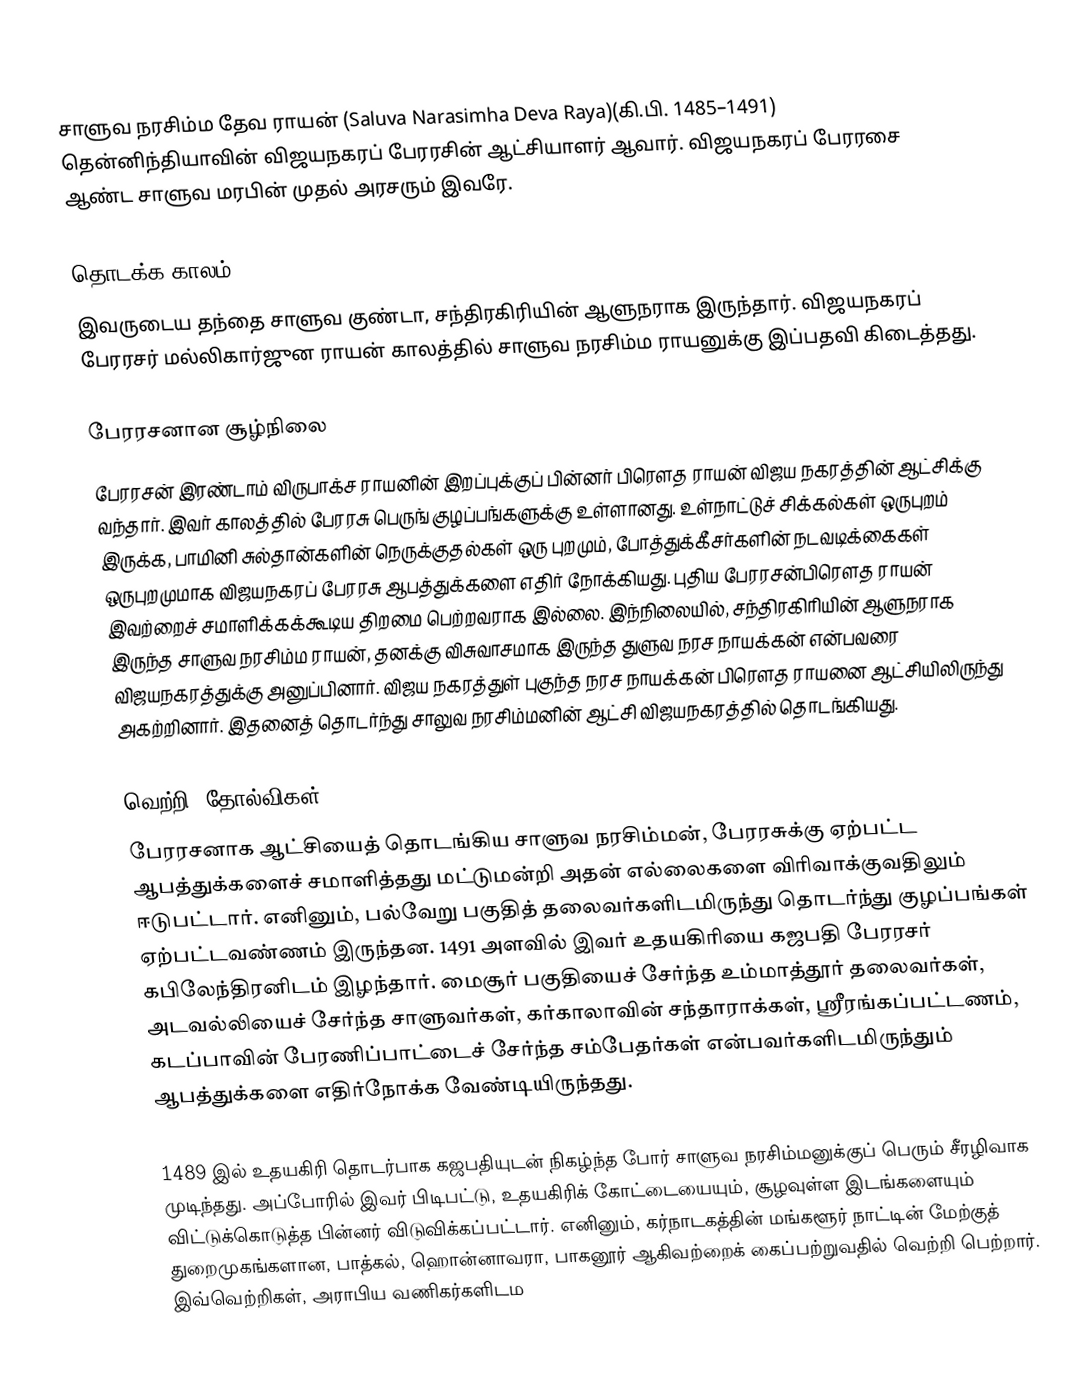
சாளுவ நரசிம்ம தேவ ராயன் (Saluva Narasimha Deva Raya)(கி.பி. 1485–1491) தென்னிந்தியாவின் விஜயநகரப் பேரரசின் ஆட்சியாளர் ஆவார். விஜயநகரப் பேரரசை ஆண்ட சாளுவ மரபின் முதல் அரசரும் இவரே.

தொடக்க காலம்
இவருடைய தந்தை சாளுவ குண்டா, சந்திரகிரியின் ஆளுநராக இருந்தார். விஜயநகரப் பேரரசர் மல்லிகார்ஜுன ராயன் காலத்தில் சாளுவ நரசிம்ம ராயனுக்கு இப்பதவி கிடைத்தது.

பேரரசனான சூழ்நிலை
பேரரசன் இரண்டாம் விருபாக்ச ராயனின் இறப்புக்குப் பின்னர் பிரௌத ராயன் விஜய நகரத்தின் ஆட்சிக்கு வந்தார். இவர் காலத்தில் பேரரசு பெருங் குழப்பங்களுக்கு உள்ளானது. உள்நாட்டுச் சிக்கல்கள் ஒருபுறம் இருக்க, பாமினி சுல்தான்களின் நெருக்குதல்கள் ஒரு புறமும், போத்துக்கீசர்களின் நடவடிக்கைகள் ஒருபுறமுமாக விஜயநகரப் பேரரசு ஆபத்துக்களை எதிர் நோக்கியது. புதிய பேரரசன்பிரௌத ராயன் இவற்றைச் சமாளிக்கக்கூடிய திறமை பெற்றவராக இல்லை. இந்நிலையில், சந்திரகிரியின் ஆளுநராக இருந்த சாளுவ நரசிம்ம ராயன், தனக்கு விசுவாசமாக இருந்த துளுவ நரச நாயக்கன் என்பவரை விஜயநகரத்துக்கு அனுப்பினார். விஜய நகரத்துள் புகுந்த நரச நாயக்கன் பிரௌத ராயனை ஆட்சியிலிருந்து அகற்றினார். இதனைத் தொடர்ந்து சாலுவ நரசிம்மனின் ஆட்சி விஜயநகரத்தில் தொடங்கியது.

வெற்றி, தோல்விகள்
பேரரசனாக ஆட்சியைத் தொடங்கிய சாளுவ நரசிம்மன், பேரரசுக்கு ஏற்பட்ட ஆபத்துக்களைச் சமாளித்தது மட்டுமன்றி அதன் எல்லைகளை விரிவாக்குவதிலும் ஈடுபட்டார். எனினும், பல்வேறு பகுதித் தலைவர்களிடமிருந்து தொடர்ந்து குழப்பங்கள் ஏற்பட்டவண்ணம் இருந்தன. 1491 அளவில் இவர் உதயகிரியை கஜபதி பேரரசர் கபிலேந்திரனிடம் இழந்தார். மைசூர் பகுதியைச் சேர்ந்த உம்மாத்தூர் தலைவர்கள், அடவல்லியைச் சேர்ந்த சாளுவர்கள், கர்காலாவின் சந்தாராக்கள், ஸ்ரீரங்கப்பட்டணம், கடப்பாவின் பேரணிப்பாட்டைச் சேர்ந்த சம்பேதர்கள் என்பவர்களிடமிருந்தும் ஆபத்துக்களை எதிர்நோக்க வேண்டியிருந்தது.

1489 இல் உதயகிரி தொடர்பாக கஜபதியுடன் நிகழ்ந்த போர் சாளுவ நரசிம்மனுக்குப் பெரும் சீரழிவாக முடிந்தது. அப்போரில் இவர் பிடிபட்டு, உதயகிரிக் கோட்டையையும், சூழவுள்ள இடங்களையும் விட்டுக்கொடுத்த பின்னர் விடுவிக்கப்பட்டார். எனினும், கர்நாடகத்தின் மங்களூர் நாட்டின் மேற்குத் துறைமுகங்களான, பாத்கல், ஹொன்னாவரா, பாகனூர் ஆகிவற்றைக் கைப்பற்றுவதில் வெற்றி பெற்றார். இவ்வெற்றிகள், அராபிய வணிகர்களிடம